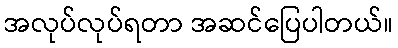
အလုပ်လုပ်ရတာ အဆင်ပြေပါတယ်။